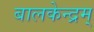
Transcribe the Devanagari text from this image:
बालकेन्द्रम्